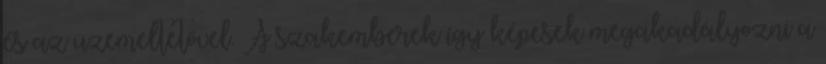
és az üzemeltetővel. A szakemberek így képesek megakadályozni a